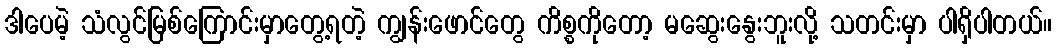
ဒါပေမဲ့ သံလွင်မြစ်ကြောင်းမှာတွေ့ရတဲ့ ကျွန်းဖောင်တွေ ကိစ္စကိုတော့ မဆွေးနွေးဘူးလို့ သတင်းမှာ ပါရှိပါတယ်။